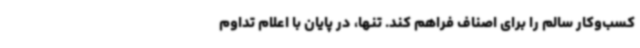
کسب‌وکار سالم را برای اصناف فراهم کند. تنها، در پایان با اعلام تداوم